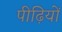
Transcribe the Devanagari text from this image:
पीढ़ियों